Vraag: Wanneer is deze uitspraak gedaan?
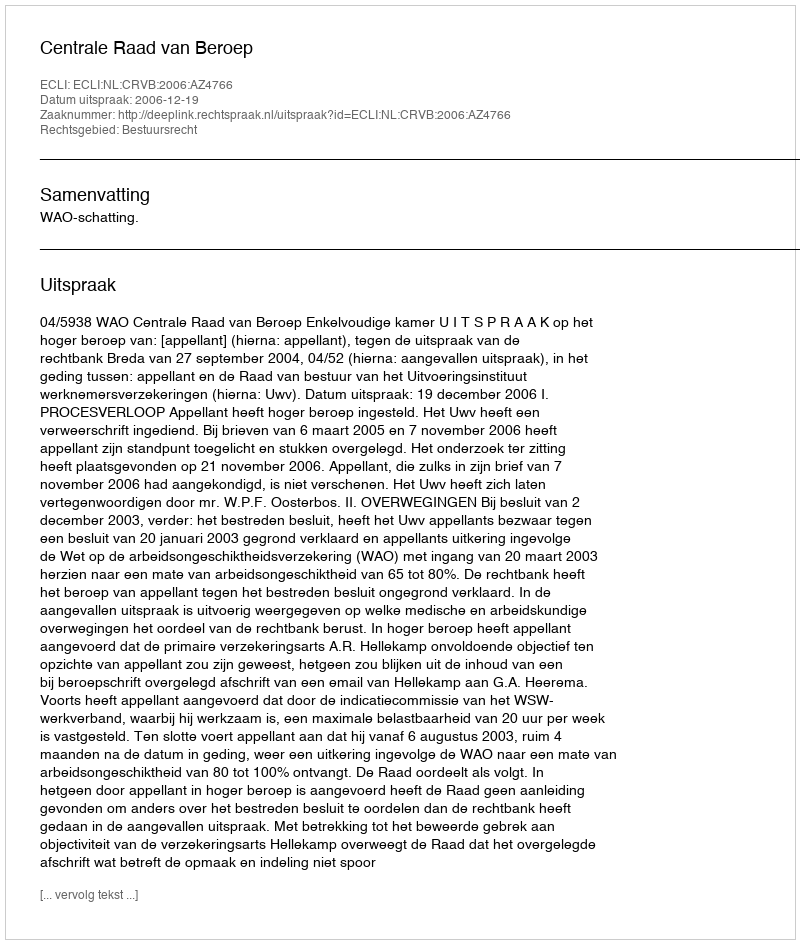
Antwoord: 2006-12-19